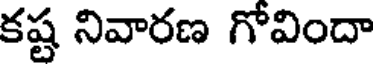
కష్ట నివారణ గోవిందా